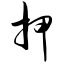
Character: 押